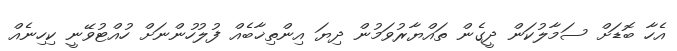
އެހާ ބޮޑަށް ސަމާލުކަން ދީގެން ތައްޔާރުވަމުން ދިޔަ އިންތިޚާބެއް ފުލުހުންނަށް ހުއްޓުވޭނީ ކިހިނެއް